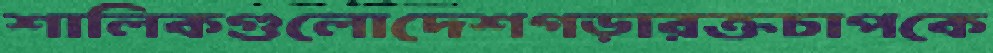
শালিকগুলোদেশগড়ারক্তচাপকে